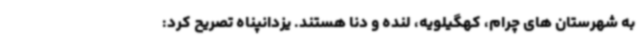
به شهرستان های چرام، کهگیلویه، لنده و دنا هستند. یزدانپناه تصریح کرد: